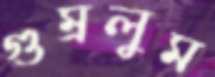
গুম্‌রলুম